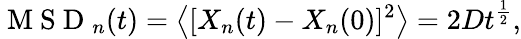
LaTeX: \mathrm{~M~S~D~}_{n}(t)=\left<[X_{n}(t)-X_{n}(0)]^{2}\right>=2Dt^{\frac{1}{2}},